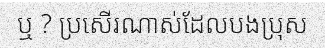
ឬ ? ប្រសើរណាស់ដែលបងប្រុស